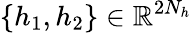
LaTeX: \{ h_{1},h_{2}\} \in\mathbb{R}^{2N_{h}}